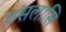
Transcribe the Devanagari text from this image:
ठसलासि